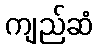
ကျည်ဆံ